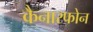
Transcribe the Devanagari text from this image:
कैनारफोन